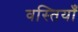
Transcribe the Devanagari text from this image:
वस्तियाँ